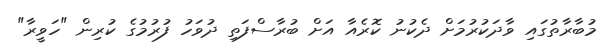
މުބާރާތުގައި ވާދަކުރުމަށް ދެކުނު ކޮރެއާ އަށް ބުރާސްފަތި ދުވަހު ފުރުމުގެ ކުރިން "ހަވީރާ"